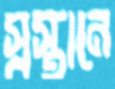
স্বস্থানে